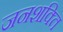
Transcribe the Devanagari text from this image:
जनशक्‍ति